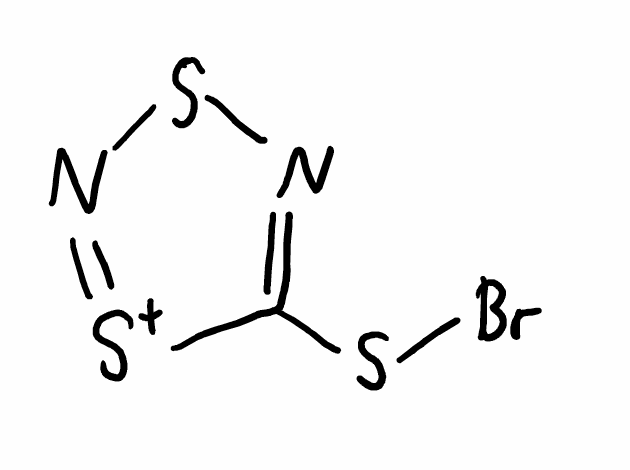
Simplified molecular-input line-entry system (SMILES) notation of the given molecule:
C1(=NSN=[S+]1)SBr